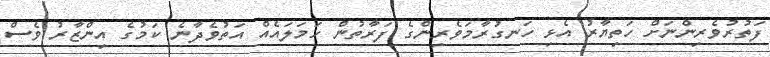
ފަތުރުވެރިންނަށް ހަތިޔާރު އެޅި ހަނގުރާމަވެރިންގެ ފަރާތުން ހަމަލައެއް އަތުވެދާނެ ކަމުގެ އިންޒާރު ވެސް